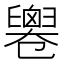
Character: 𠨧